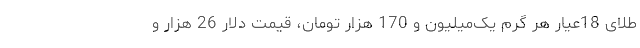
طلای 18عیار هر گرم یک‌میلیون و 170 هزار تومان، قیمت دلار 26 هزار و